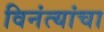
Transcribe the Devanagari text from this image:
विनंत्यांचा